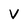
Character: V